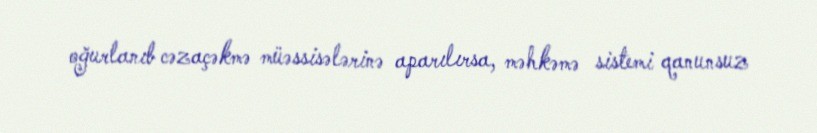
oğurlanıb cəzaçəkmə müəssisələrinə aparılırsa, məhkəmə sistemi qanunsuz